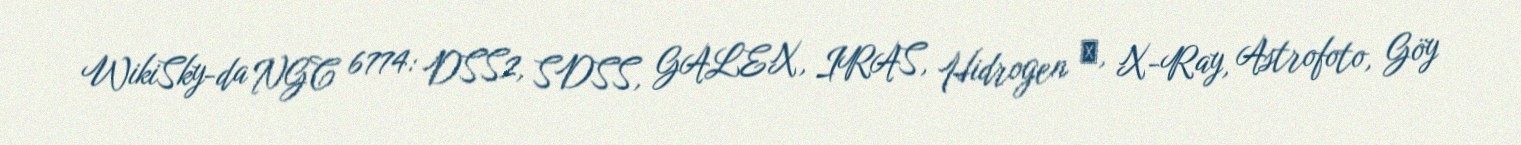
WikiSky-da NGC 6774: DSS2, SDSS, GALEX, IRAS, Hidrogen α, X-Ray, Astrofoto, Göy